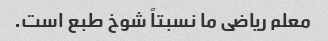
معلم ریاضی ما نسبتاً شوخ طبع است.